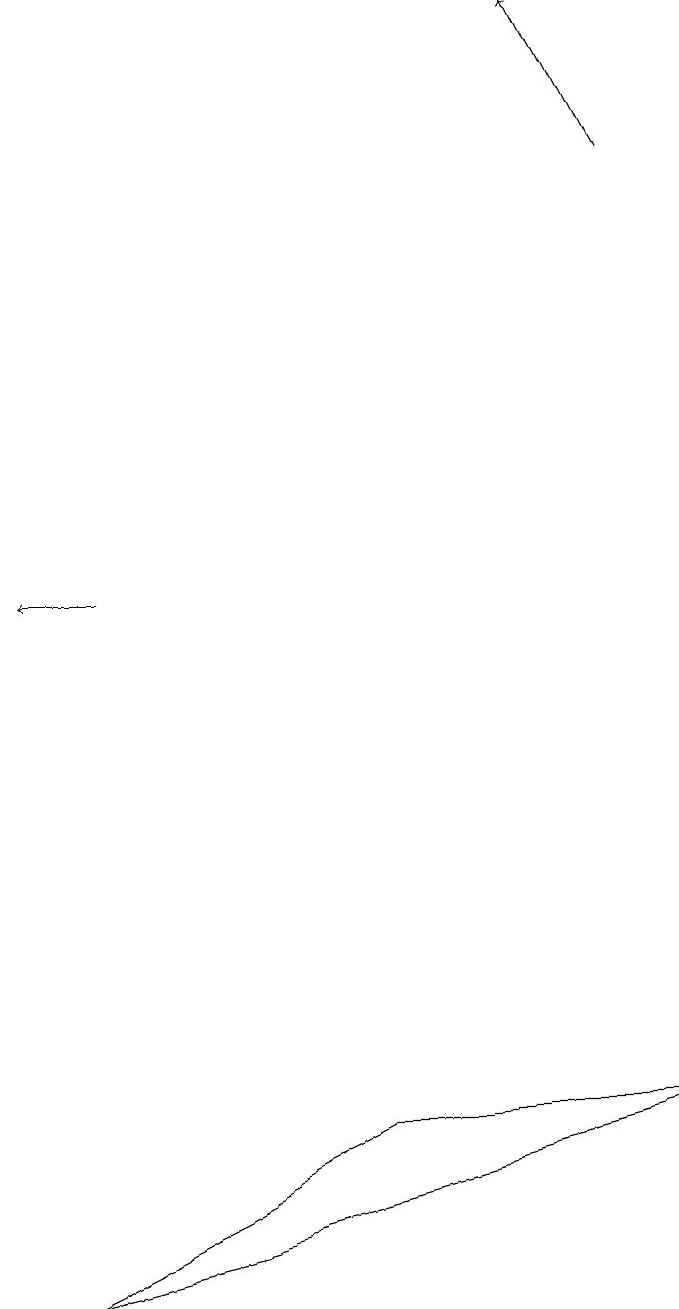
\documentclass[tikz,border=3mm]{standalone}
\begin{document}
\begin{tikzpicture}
\draw[->] (1,11) -- (0,11);
\draw[->] (8,16) -- (7,18);
\draw (4,4) -- (8,4) -- (0,2) -- cycle;
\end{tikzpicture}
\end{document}